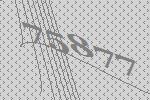
75877